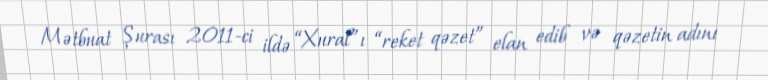
Mətbuat Şurası 2011-ci ildə “Xural”ı “reket qəzet” elan edib və qəzetin adını